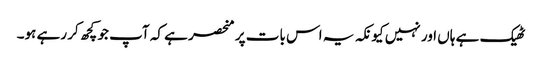
ٹھیک ہے ہاں اور نہیں کیونکہ یہ اس بات پر منحصر ہے کہ آپ جو کچھ کر رہے ہو۔